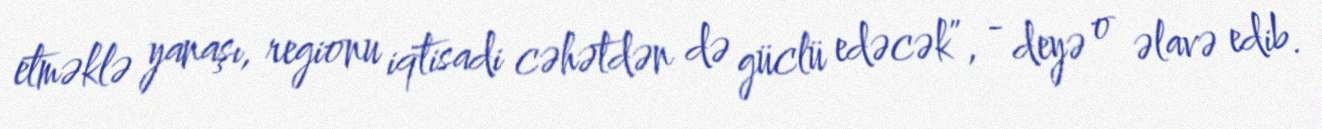
etməklə yanaşı, regionu iqtisadi cəhətdən də güclü edəcək”, - deyə o əlavə edib.